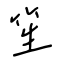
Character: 笙